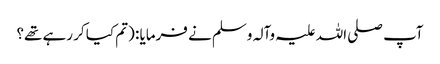
آپ صلی اللہ علیہ وآلہ وسلم نے فرمایا : (تم کیا کر رہے تھے؟